Calcutta medical institutions reports 1871-78
Year: 1871
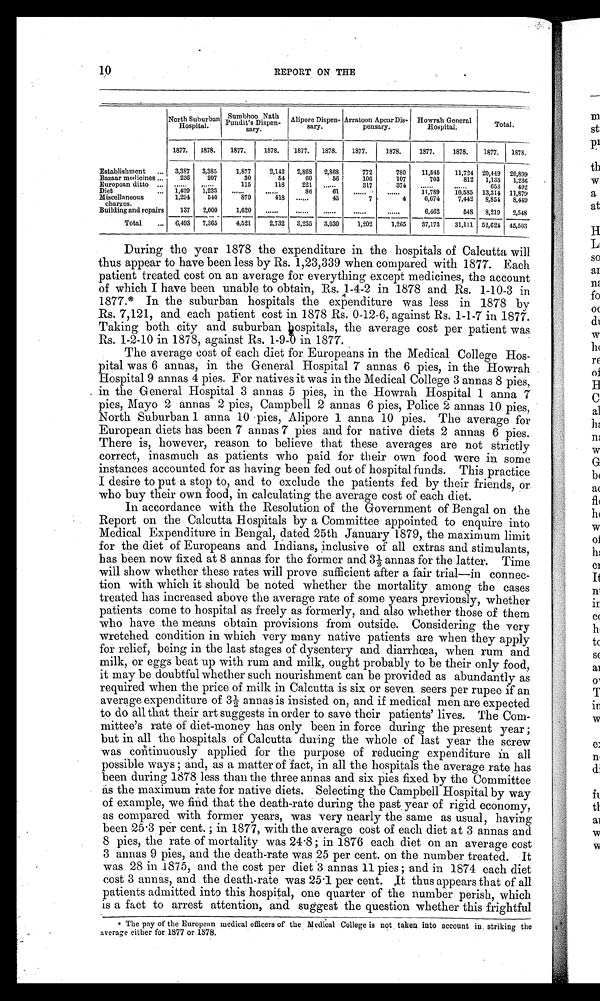
10 REPORT ON THE
North Suburban
Hospital.
Sumbhoo Nath
Pundit's Dispen-
sary.
Alipore Dispen-
sary.
Arratoon Apcar Dis-
pensary.
Howrah General
Hospital.
Total.
1877. 1878. 1877.
1878. 1877. 1878.
1877.
1878.
1877.
1878.
1877. 1878.
Establishment
3,387 3,385
1,877
2,142 2,868 2,868
772
780
11,545 11,724 20,449 20,899
Bazaar medicines
236
207
30
54
60
56
106
107
703
812 1,135 1,236
European ditto
. . . . . .
. . . . . .
115
118
221
. . . . . .
317
374
. . . . . .
. . . . . . 653
492
Diet
1,439 1,233
. . . . . .
. . . . . . 86
61
. . . . . .
. . . . . . 11,789 10,585 13,314 11,879
Miscellaneous
charges.
1,294
540
879
418 ......
45
7
4
6,674
7,442 8,854 8,449
Building and repairs
137 2,000
1 , 6 2 0
. . . . . .
. . . . . .
. . . . . .
. . . . . . . . . . . .
6,462
548 8,219 2,548
Total
6,493 7,365
4,521
2,732 3,235 3,030
1,202
1,265
37,173 31,111 52,624 45,503
During the year 1878 the expenditure in the hospitals of Calcutta will
thus appear to have been less by Rs. 1,23,339 when compared with 1877. Each
patient treated cost on an average for everything except medicines, the account
of which I have been unable to obtain, Rs. 1-4-2 in 1878 and Rs. 1-10-3 in
1877.* In the suburban hospitals the expenditure was less in 1878 by
Rs. 7,121, and each patient cost in 1878 Rs. 0-12-6, against Rs. 1-1-7 in 1877.
Taking both city and suburban hospitals, the average cost per patient was
Rs. 1-2-10 in 1878 against Rs. 1-9-D in 1877.
The average cost of each diet for Europeans in the Medical College Hos
pital was 6 annas, in the General Hospital 7 annas 6 pies, in the Howrah
Hospital 9 annas 4 pies. For natives it was in the Medical College 3 annas 8 pies,
in the General Hospital 3 annas 5 pies, in the Howrah Hospital 1 anna 7
pies, Mayo 2 annas 2 pies, Campbell 2 annas 6 pies, Police 2 annas 10 pies,
North Suburban 1 anna 10 pies, Alipore 1 anna 10 pies. The average for
European diets has been 7 annas 7 pies and for native diets 2 annas 6 pies.
There is, however, reason to believe that these averages are not strictly
correct, inasmuch as patients who paid for their own food were in some
instances accounted for as having been fed out of hospital funds. This practice
I desire to put a stop to, and to exclude the patients fed by their friends, or
who buy their own food, in calculating the average cost of each diet.
In accordance with the Resolution of the Government of Bengal on the
Report on the Calcutta Hospitals by a Committee appointed to enquire into
Medical Expenditure in Bengal, dated 25th January 1879, the maximum limit
for the diet of Europeans and Indians, inclusive of all extras and stimulants,
has been now fixed at 8 annas for the former and 3½ annas for the latter. Time
will show whether these rates will prove sufficient after a fair trial—in connec
tion with which it should be noted whether the mortality among the cases
treated has increased above the average rate of some years previously, whether
patients come to hospital as freely as formerly, and also whether those of them
who have the means obtain provisions from outside. Considering the very
wretched condition in which very many native patients are when they apply
for relief, being in the last stages of dysentery and diarrhœa, when rum and
milk, or eggs beat up with rum and milk, ought probably to be their only food,
it may be doubtful whether such nourishment can be provided as abundantly as
required when the price of milk in Calcutta is six or seven seers per rupee if an
average expenditure of 3½ annas is insisted on, and if medical men are expected
to do all that their art suggests in order to save their patients' lives. The Com
mittee's rate of diet-money has only been in force during the present year ;
but in all the hospitals of Calcutta during the whole of last year the screw
was continuously applied for the purpose of reducing expenditure in all
possible ways ; and, as a matter of fact, in all the hospitals the average rate has
been during 1878 less than the three annas and six pies fixed by the Committee
as the maximum rate for native diets. Selecting the Campbell Hospital by way
of example, we find that the death-rate during the past year of rigid economy,
as compared with former years, was very nearly the same as usual, having
been 25.3 per cent. ; in 1877, with the average cost of each diet at 3 annas and
8 pies, the rate of mortality was 24.8 in 1876 each diet on an average cost
3 annas 9 pies, and the death-rate was 25 per cent. on the number treated. It
was 28 in 1875, and the cost per diet 3 annas 11 pies ; and in 1874 each diet
cost 3 annas, and the death-rate was 25.1 per cent. ,It thus appears that of all
patients admitted into this hospital, one quarter of the number perish, which
is a fact to arrest attention, and suggest the question whether this frightful
*The pay of the European medical officers of the Medical College is not taken into account in. striking the
average either for 1877 or 1878.